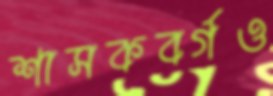
শাসকবর্গও